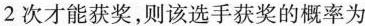
2次才能获奖，则该选手获奖的概率为